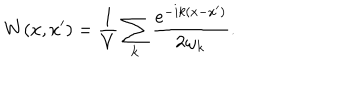
W ( x , x ^ { \prime } ) = \frac { 1 } { V } \sum _ { { \bf k } } \frac { e ^ { - i k ( x - x ^ { \prime } ) } } { 2 \omega _ { { \bf k } } } .